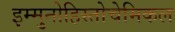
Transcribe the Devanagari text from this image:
इम्मुनोहिस्तोचेमिकल